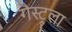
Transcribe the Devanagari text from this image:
गैस्ट्रूला